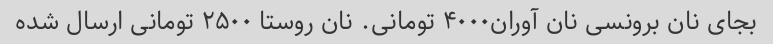
بجای نان برونسی نان آوران۴۰۰۰ تومانی. نان روستا ۲۵۰۰ تومانی ارسال شده